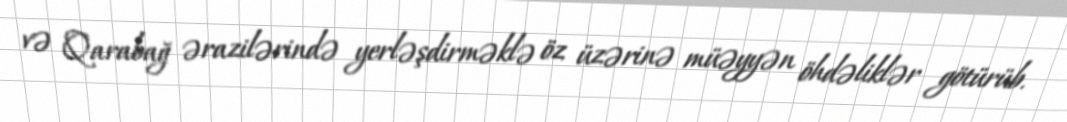
və Qarabağ ərazilərində yerləşdirməklə öz üzərinə müəyyən öhdəliklər götürüb.